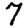
Digit: 7